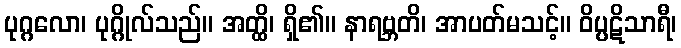
ပုဂ္ဂလော၊ ပုဂ္ဂိုလ်သည်။ အတ္ထိ၊ ရှိ၏။ နာရဗ္ဘတိ၊ အာပတ်မသင့်။ ဝိပ္ပဋိသာရီ၊